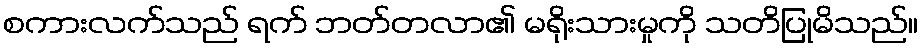
စကားလက်သည် ရက် ဘတ်တလာ၏ မရိုးသားမှုကို သတိပြုမိသည်။